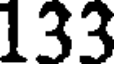
133